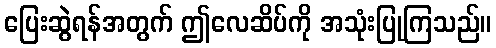
ပြေးဆွဲရန်အတွက် ဤလေဆိပ်ကို အသုံးပြုကြသည်။